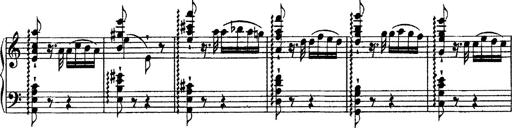
Title: Grandes Ã©tudes de Paganini
Composer: Franz Liszt